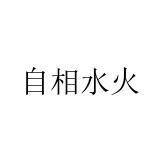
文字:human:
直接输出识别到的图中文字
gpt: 自相水火